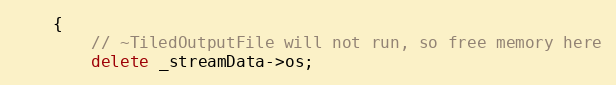
Language: C++
    {
        // ~TiledOutputFile will not run, so free memory here
        delete _streamData->os;